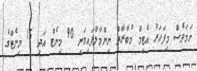
ނަމަވެސް މިފަހަރު އެޓީމް މުބާރާތް ނިންމާލާފައިވަނީ 90 މިނެޓް އަދި 15 މިނެޓްގެ